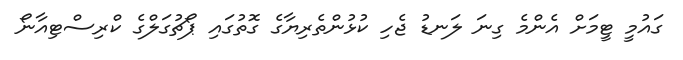
ގައުމީ ޓީމަށް އެންމެ ގިނަ ލަނޑު ޖެހި ކުޅުންތެރިޔާގެ ގޮތުގައި ޕޯޗުގަލްގެ ކްރިސްޓިއާނޯ